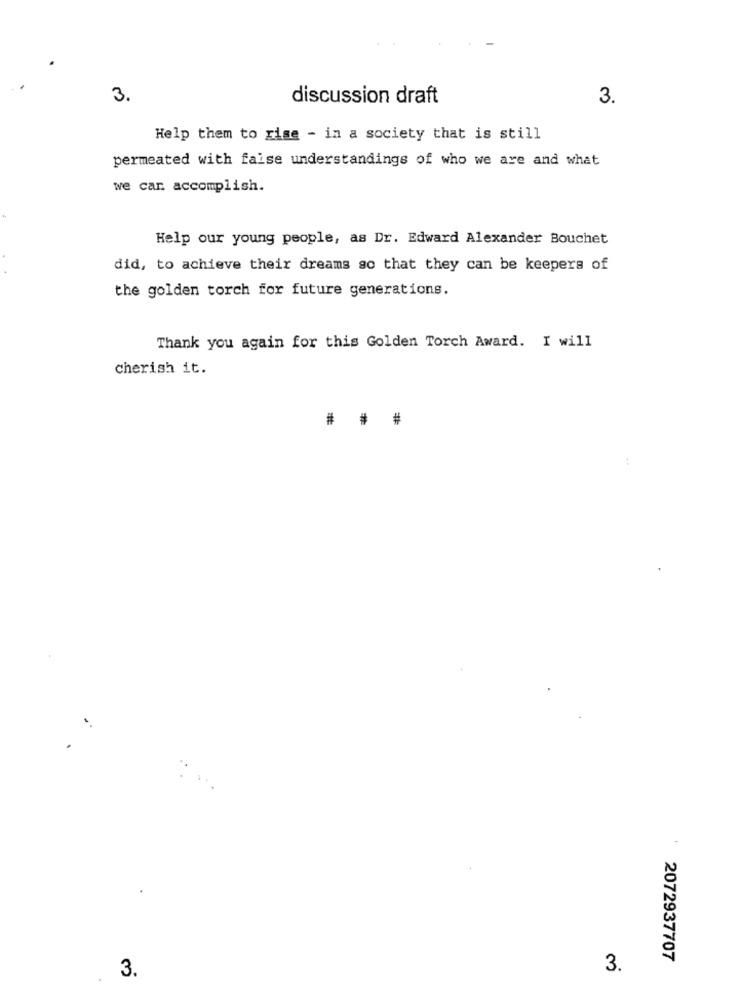
3.
discussion draft
3.
Help them to rise - in a society that is still
permeated with faise understandings of who we are and what
we can accomplish.
Help our young people, as Dr. Edward Alexander Bouchet
did, to achieve their dreams so that they can be keepers of
the golden torch for future generations.
Thank you again for this Golden Torch Award. I will
cherish it.
#
# #
2072937707
3.
3.